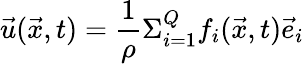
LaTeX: \vec{u}(\vec{x},t)=\frac{1}{\rho}\Sigma_{i=1}^{Q}f_{i}(\vec{x},t)\vec{e}_{i}